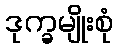
ဒုက္ခမျိုးစုံ